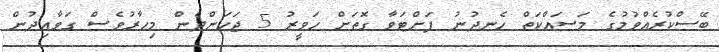
ބޭސްކުރެއްވުމުގެ މަސައްކަތް ހެނދުނު ފަށްޓަވާ ގޮތަށް ހަވީރު 5 ޖަހަންދެން މިހާރުވެސް ގަވާއިދުން